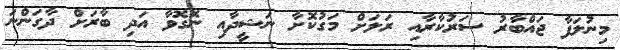
މިނުލަފާ ޖައްބާރު ސަރުކާރާއި ރަލަށް މަގުކޮށާ ނަޝީދާއި ނޮގޮވާ އަދި ބާރަށް ދާގަންނަ